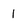
Character: 1